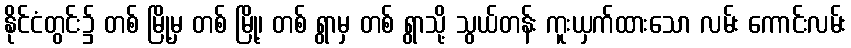
နိုင်ငံတွင်း၌ တစ် မြို့မှ တစ် မြို့၊ တစ် ရွာမှ တစ် ရွာသို့ သွယ်တန်း ကူးယှက်ထားသော လမ်း ကောင်းလမ်း